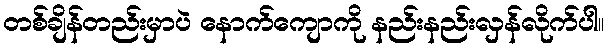
တစ်ချိန်တည်းမှာပဲ နောက်ကျောကို နည်းနည်းလှန်လိုက်ပါ။